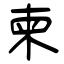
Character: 柬